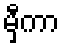
မှီကာ